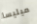
ميليسا